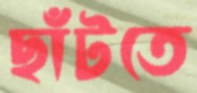
ছাঁটতে